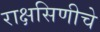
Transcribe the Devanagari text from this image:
राक्षसिणीचे